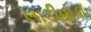
લાડીવાડા